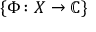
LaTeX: \{ \Phi \colon X \rightarrow \mathbb { C } \}